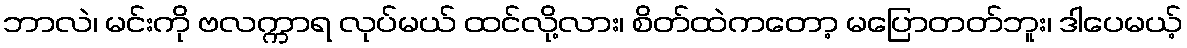
ဘာလဲ၊ မင်းကို ဗလက္ကာရ လုပ်မယ် ထင်လို့လား၊ စိတ်ထဲကတော့ မပြောတတ်ဘူး၊ ဒါပေမယ့်